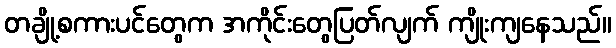
တချို့စကားပင်တွေက အကိုင်းတွေပြတ်လျက် ကျိုးကျနေသည်။